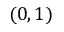
( 0 , 1 )